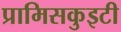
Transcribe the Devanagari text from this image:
प्रामिसकुइटी